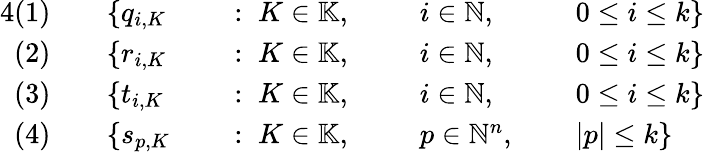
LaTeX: \begin{array}{rlrlrlrl}{{4}(1)\quad}&{{}\{ q_{i,K}}&{}&{{}:\; K\in\mathbb{K},\; \; }&{}&{{}i\in\mathbb{N},\; }&{}&{{}0\leq i\leq k\} }\\ {(2)\quad}&{{}\{ r_{i,K}}&{}&{{}:\; K\in\mathbb{K},\; \; }&{}&{{}i\in\mathbb{N},\; }&{}&{{}0\leq i\leq k\} }\\ {(3)\quad}&{{}\{ t_{i,K}}&{}&{{}:\; K\in\mathbb{K},\; \; }&{}&{{}i\in\mathbb{N},\; }&{}&{{}0\leq i\leq k\} }\\ {(4)\quad}&{{}\{ s_{p,K}}&{}&{{}:\; K\in\mathbb{K},\; \; }&{}&{{}p\in\mathbb{N}^{n},\; }&{}&{{}|p|\leq k\} }\end{array}